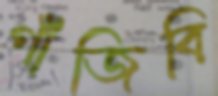
গাঁজিবি